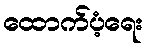
ထောက်ပံ့ရေး